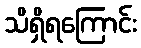
သိရှိရကြောင်း